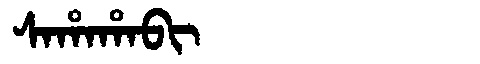
Manchu: ᠰᠠᡥᠠᡥᠠᠪᡳ
Romanization: SAHAHABI